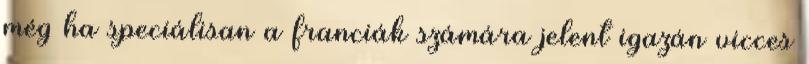
még ha speciálisan a franciák számára jelent igazán vicces